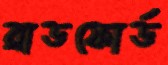
ব্রাডফোর্ড